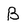
Character: B